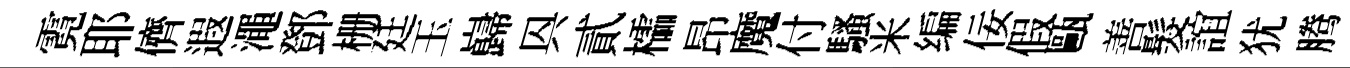
霓耶儕遐澠鄧栅廷玉巋㒷貳櫺昂魔付騷米编佞假甌善髮誼犹腾